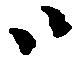
ハ